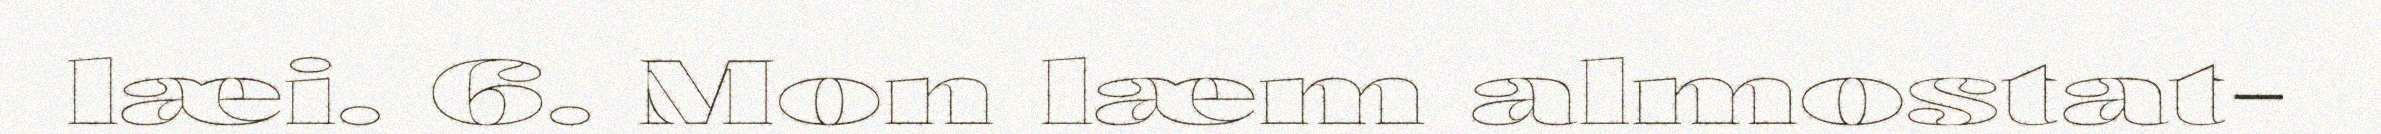
læi. 6. Mon læm almostat-